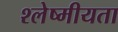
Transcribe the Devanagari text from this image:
श्लेष्मीयता